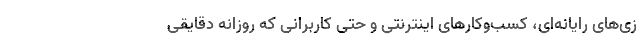
زی‌های رایانه‌ای، کسب‌وکارهای اینترنتی و حتی کاربرانی که روزانه دقایقی